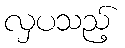
လှပသည့်